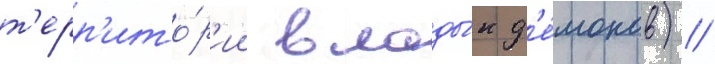
т'ерр'ито́р'ии влады́к д'е́монов) //